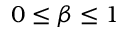
0 \le \beta \le 1